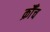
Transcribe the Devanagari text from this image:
क्रौँच